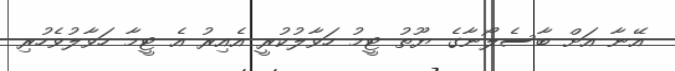
އޭނާ އަށް ބާސެލޯނާގެ ޔޫތު ޓީމު ހަވާލުކުރީ އެއިރު އެ ޓީމާ ހަވާލުވެހުރި